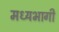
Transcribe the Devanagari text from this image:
मध्‍यभागी